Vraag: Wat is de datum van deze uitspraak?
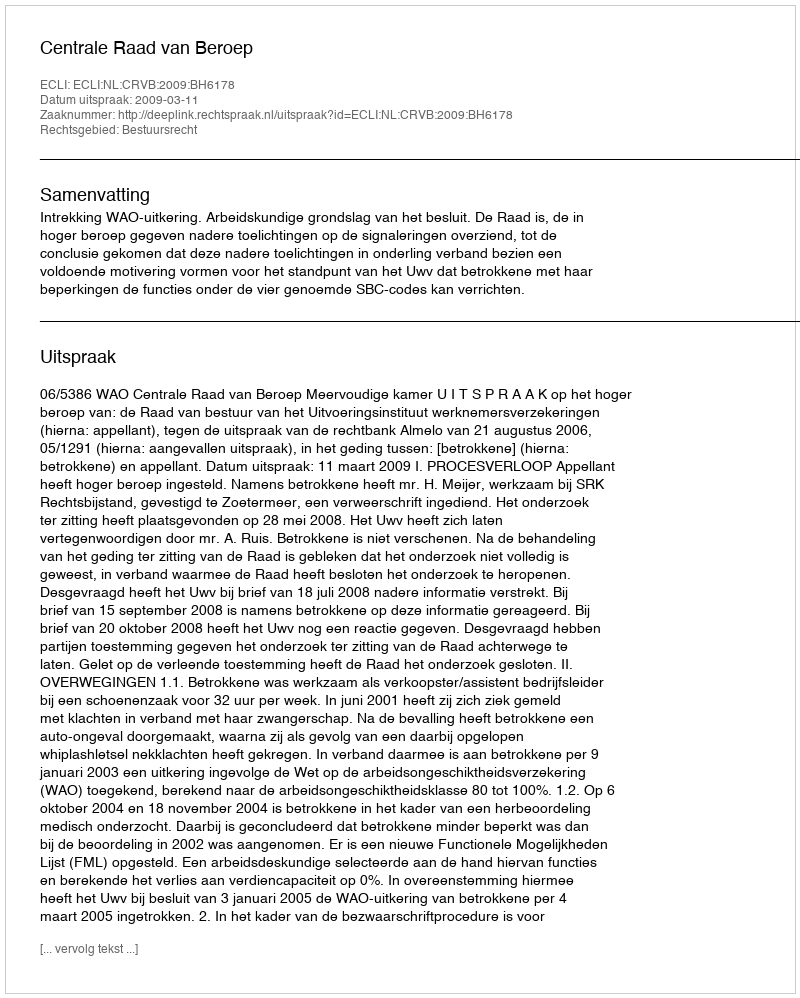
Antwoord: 2009-03-11